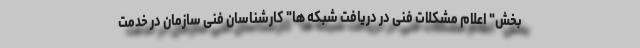
بخش" اعلام مشکلات فنی در دریافت شبکه ها" کارشناسان فنی سازمان در خدمت